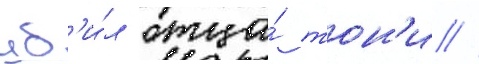
уб'и́л отца́ тон'и //